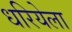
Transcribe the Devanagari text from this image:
धरियेला